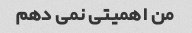
من اهمیتی نمی دهم